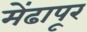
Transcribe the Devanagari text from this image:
मेंढापूर